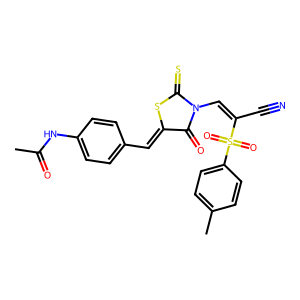
SMILES: CC(=O)Nc1ccc(C=C2SC(=S)N(C=C(C#N)S(=O)(=O)c3ccc(C)cc3)C2=O)cc1
Inhibits HIV replication: No